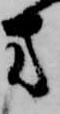
方